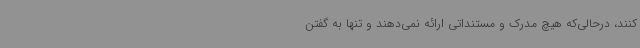
‌کنند، درحالی‌که هیچ مدرک و مستنداتی ارائه نمی‌دهند و تنها به گفتن